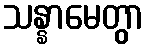
သန္နာမေတွာ